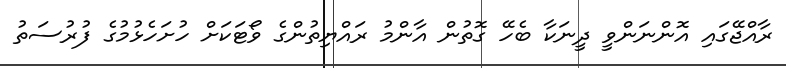
ރާއްޖޭގައި އޮންނަންވީ ދީނަކާ ބެހޭ ގޮތުން އާންމު ރައްޔިތުންގެ ވޯޓަކަށް ހުށަހެޅުމުގެ ފުރުސަތު